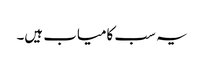
یہ سب کامیاب ہیں۔